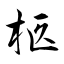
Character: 柩